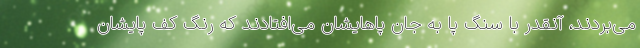
می‌بردند، آنقدر با سنگ پا به جان پاهایشان می‌افتادند که رنگ کف‌ پایشان